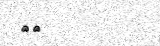
٣٥